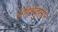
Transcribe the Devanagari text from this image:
योगेशकुमार